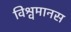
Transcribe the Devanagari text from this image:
विश्वमानस